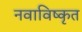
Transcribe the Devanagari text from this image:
नवाविष्कृत